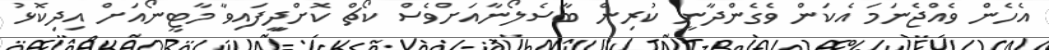
އެހެން ވެއްޖެނަމަ އެކަން ވެގެންދާނީ ކުރިން ބާސެލޯނާއަށްވެސް ކޯޗް ކޮށްދިީފައިވާ މާޓީނޯއަށް އިދިކޮޅު